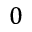
0